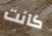
كانت